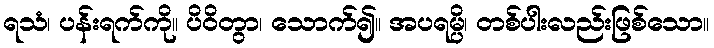
ရသံ၊ ပန်းရက်ကို။ ပိဝိတွာ၊ သောက်၍။ အပရမ္ပိ၊ တစ်ပါးလည်းဖြစ်သော။